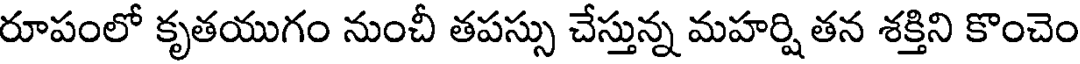
రూపంలో కృతయుగం నుంచీ తపస్సు చేస్తున్న మహర్షి తన శక్తిని కొంచెం